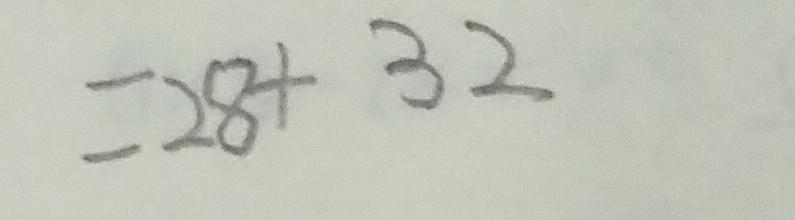
= 2 8 + 3 2